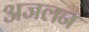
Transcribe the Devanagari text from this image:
अजलन